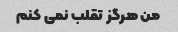
من هرگز تقلب نمی کنم